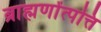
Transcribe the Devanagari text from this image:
ब्राह्मणोंत्पत्ति